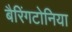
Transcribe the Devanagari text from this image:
बैरिंगटोनिया